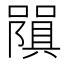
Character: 𭋧